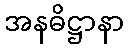
အနဓိဋ္ဌာနာ